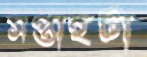
সপ্তাহটা